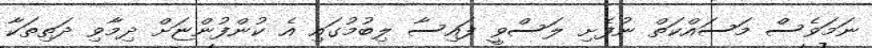
ނަމަވެސް މަސައްކަތް ނުފެށި ލަސްވީ ފައިސާ ލިބުމުގައި އެ ކުންފުންޏަށް ދިމާވި ދަތިތަކާ